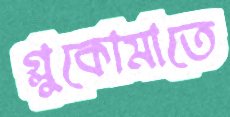
গ্লুকোমাতে